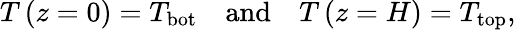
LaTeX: T\left(z=0\right)=T_{\textrm{bot}}\quad\textrm{and}\quad T\left(z=H\right)=T_{\textrm{top}},